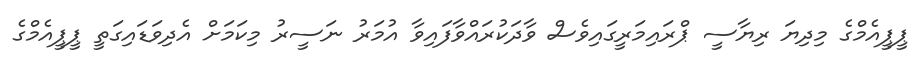
ޕީޕީއެމްގެ މިދިޔަ ރިޔާސީ ޕްރައިމަރީގައިވެސް ވާދަކުރައްވާފައިވާ އުމަރު ނަސީރު މިކަމަށް އެދިވަޑައިގަތީ ޕީޕީއެމްގެ